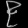
Digit: ၉